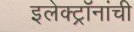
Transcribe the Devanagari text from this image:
इलेक्ट्रॉनांची